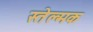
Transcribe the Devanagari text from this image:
स्तेल्मक